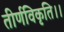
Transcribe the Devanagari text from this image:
तीर्णविकृति।।